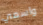
واسمي